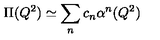
\Pi ( Q ^ { 2 } ) \simeq \sum _ { n } c _ { n } \alpha ^ { n } ( Q ^ { 2 } )